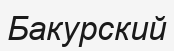
Бакурский